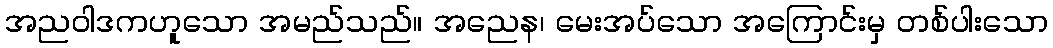
အညဝါဒကဟူသော အမည်သည်။ အညေန၊ မေးအပ်သော အကြောင်းမှ တစ်ပါးသော